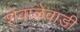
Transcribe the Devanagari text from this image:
शेवाळेवाडी